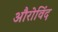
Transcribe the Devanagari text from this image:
औरोविंद